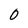
Character: 0